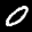
Label: 0